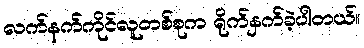
လက်နက်ကိုင်လူတစ်စုက ရိုက်နှက်ခဲ့ပါတယ်။